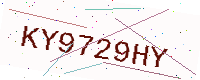
Text: KY9729HY